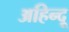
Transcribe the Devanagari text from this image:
अहिन्दू